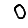
Digit: 0